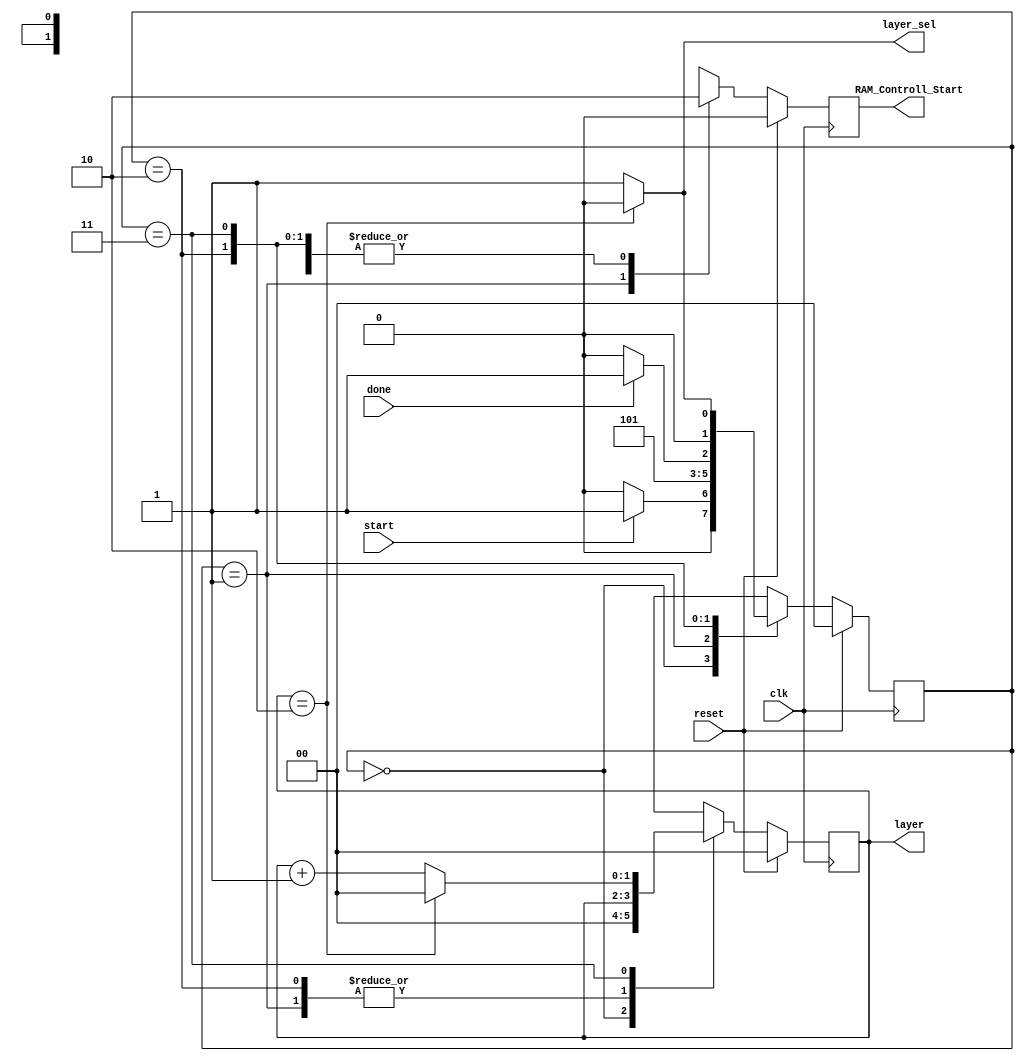
`timescale 1ns / 1ps
//////////////////////////////////////////////////////////////////////////////////
// Company: 
// Engineer: 
// 
// Design Name: 
// Module Name:    Network_Controller 
// Project Name: 
// Target Devices: 
// Tool versions: 
// Description: 
//
// Dependencies: 
//
// Revision: 
// Revision 0.01 - File Created
// Additional Comments: 
//
//////////////////////////////////////////////////////////////////////////////////
module Network_Controller(start,done,reset,clk,layer_sel,layer,RAM_Controll_Start);
input start, done, reset, clk;
output reg layer_sel;
output reg [1:0] layer;

//output reg [N:0] output_sel;
output reg RAM_Controll_Start;

reg [1:0] state, nextState;

always @ (posedge clk)
	if(reset==1) state <= 0;
	else state <= nextState;

always @ (layer)
	if(layer == 2)
		layer_sel <=0;
	else
		layer_sel <=1;

always @ (state,start,done,layer) begin
	case(state)
		0: begin
			if(start==1)
				nextState<=1;
			else
				nextState<=0;
			end
		1: begin
			nextState<=2;
			end
		2: begin
			if(done==1)
				nextState <= 3;
			else
				nextState <= 2;
			end
		3: begin
			if(layer == 2)
				nextState <= 0;
			else
				nextState <= 1;
			end
		default: begin
			nextState <= 0;
			end
	endcase
end

always @ (posedge clk) begin
	if(reset == 1) begin
		layer <= 0;
//		output_sel <= 0;
		RAM_Controll_Start <= 0;
		end
	else case(state)
		0: begin
			layer <= 0;
//			output_sel <= 0;
			RAM_Controll_Start <= 0;
			end
		1: begin
			layer <= layer;
//			output_sel <= 0;
			RAM_Controll_Start <= 1;
			end
		2: begin
			layer <= layer;
//			output_sel <= 0;
			RAM_Controll_Start <= 0;
			end
		3: begin
			if(layer == 2)
				layer <= 0;
			else
				layer <= layer + 1;
//			output_sel <= 0;
			RAM_Controll_Start <= 0;
			end
		default: begin
			layer <= 0;
//			output_sel <= 0;
			RAM_Controll_Start <= 0;
			end
	endcase
end

endmodule